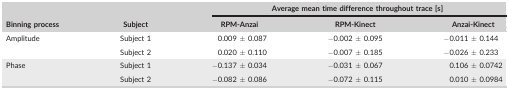
<table><thead><tr><td rowspan="2"><b>Binning process</b></td><td rowspan="2"><b>Subject</b></td><td colspan="3"><b>Average mean time difference throughout trace [s]</b></td></tr><tr><td><b>RPM‐Anzai</b></td><td><b>RPM‐Kinect</b></td><td><b>Anzai‐Kinect</b></td></tr></thead><tbody><tr><td rowspan="2">Amplitude</td><td>Subject 1</td><td>0.009 ± 0.087</td><td>−0.002 ± 0.095</td><td>−0.011 ± 0.144</td></tr><tr><td>Subject 2</td><td>0.020 ± 0.110</td><td>−0.007 ± 0.185</td><td>−0.026 ± 0.233</td></tr><tr><td rowspan="2">Phase</td><td>Subject 1</td><td>−0.137 ± 0.034</td><td>−0.031 ± 0.067</td><td>0.106 ± 0.0742</td></tr><tr><td>Subject 2</td><td>−0.082 ± 0.086</td><td>−0.072 ± 0.115</td><td>0.010 ± 0.0984</td></tr></tbody></table>